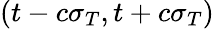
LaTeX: (t-c\sigma_{T},t+c\sigma_{T})